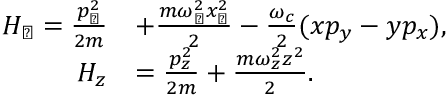
\begin{array} { r l } { H _ { \perp } = \frac { p _ { \perp } ^ { 2 } } { 2 m } } & { + \frac { m \omega _ { \perp } ^ { 2 } x _ { \perp } ^ { 2 } } { 2 } - \frac { \omega _ { c } } { 2 } ( x p _ { y } - y p _ { x } ) , } \\ { H _ { z } } & { = \frac { p _ { z } ^ { 2 } } { 2 m } + \frac { m \omega _ { z } ^ { 2 } z ^ { 2 } } { 2 } . } \end{array}